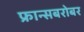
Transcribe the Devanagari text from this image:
फ्रान्सबरोबर